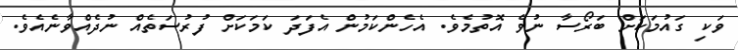
ވަކި ގައުމަކަށް ބަރޯސާ ނުވެ އޮތުމެވެ. އެހެންކަމުން އެފަދަ ކަމަކަށް ފުރުސަތެއް ނުދެއްވާނެއެވެ.